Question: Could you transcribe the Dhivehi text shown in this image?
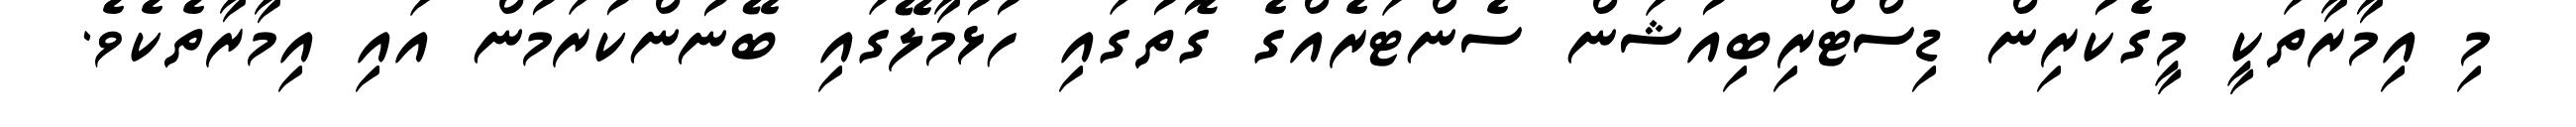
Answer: މި އިމާރާތަކީ މީގެކުރިން ޑިސްޓްރިބިއުޝަން ސެންޓަރެއްގެ ގޮތުގައި ހުޅުމާލޭގައި ބޭނުންކުރަމުން އައި އިމާރާތެކެވެ.